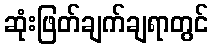
ဆုံးဖြတ်ချက်ချရာတွင်